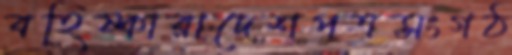
বহিষ্কারাদেশপত্রসংগঠ